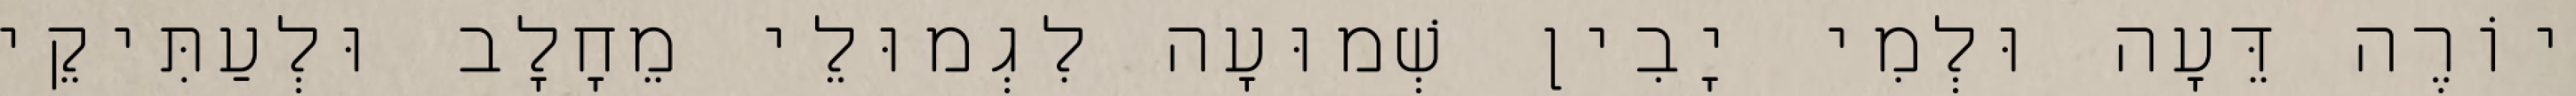
יוֹרֶה דֵּעָה וּלְמִי יָבִין שְׁמוּעָה לִגְמוּלֵי מֵחָלָב וּלְעַתִּיקֵי